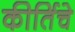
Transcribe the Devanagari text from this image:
कीर्तिचे